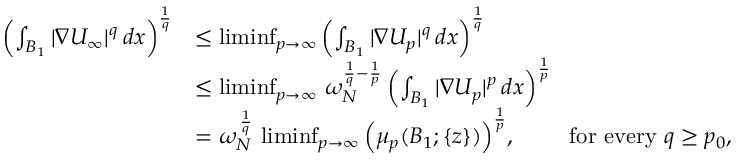
\begin{array} { r l } { \left( \int _ { B _ { 1 } } | \nabla U _ { \infty } | ^ { q } \, d x \right) ^ { \frac { 1 } { q } } } & { \le \operatorname* { l i m i n f } _ { p \to \infty } \left( \int _ { B _ { 1 } } | \nabla U _ { p } | ^ { q } \, d x \right) ^ { \frac { 1 } { q } } } \\ & { \le \operatorname* { l i m i n f } _ { p \to \infty } \, \omega _ { N } ^ { \frac { 1 } { q } - \frac { 1 } { p } } \left( \int _ { B _ { 1 } } | \nabla U _ { p } | ^ { p } \, d x \right) ^ { \frac { 1 } { p } } } \\ & { = \omega _ { N } ^ { \, \frac { 1 } { q } } \, \operatorname* { l i m i n f } _ { p \to \infty } \Big ( \mu _ { p } ( B _ { 1 } ; \{ z \} ) \Big ) ^ { \frac { 1 } { p } } , \qquad \mathrm { ~ f o r ~ e v e r y ~ } q \ge p _ { 0 } , } \end{array}